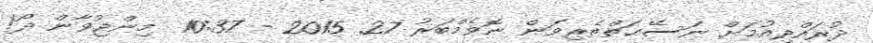
ދުރައްދިއުމަށް ނަސޭޙަތްތެރިވަން ނޮވެމްބަރު 27